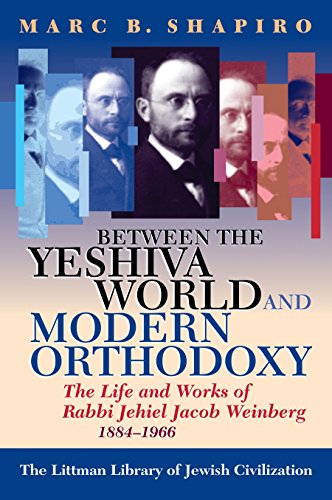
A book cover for Between the Yeshiva World and Modern Orthodoxy: The Life and Works of Rabbi Jehiel Jacob Weinberg, 1884-1966; Marc B. Shapiro; Religion & Spirituality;